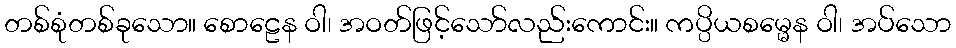
တစ်စုံတစ်ခုသော။ စောဠေန ဝါ၊ အဝတ်ဖြင့်သော်လည်းကောင်း။ ကပ္ပိယစမ္မေန ဝါ၊ အပ်သော